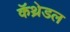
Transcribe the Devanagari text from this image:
कॅथ्रेडल